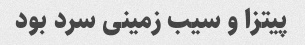
پیتزا و سیب زمینی سرد بود